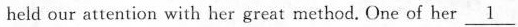
held our attention with her great rmethod. One of her \underline{1}